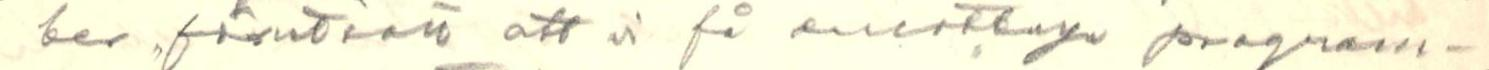
ber,, förutsätt att vi få emottaga program-